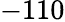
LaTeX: -110